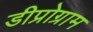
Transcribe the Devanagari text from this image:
डीप्रोग्राम